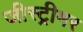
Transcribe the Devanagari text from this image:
जीस्ट्रीमर